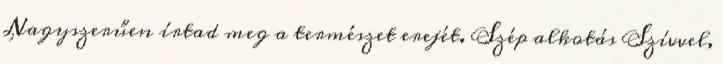
Nagyszerűen írtad meg a természet erejét. Szép alkotás Szívvel,